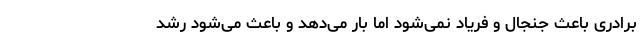
برادری باعث جنجال و فریاد نمی‌شود اما بار می‌دهد و باعث می‌شود رشد